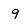
Character: 9